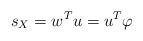
\begin{align*}s_{X}=w^{T}u=u^{T}\varphi\end{align*}